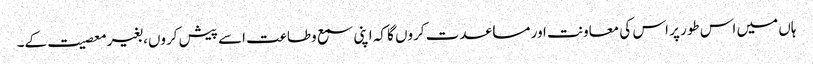
ہاں میں اس طور پر اس کی معاونت اور مساعدت کروں گا کہ اپنی سمع وطاعت اسے پیش کروں، بغیر معصیت کے۔